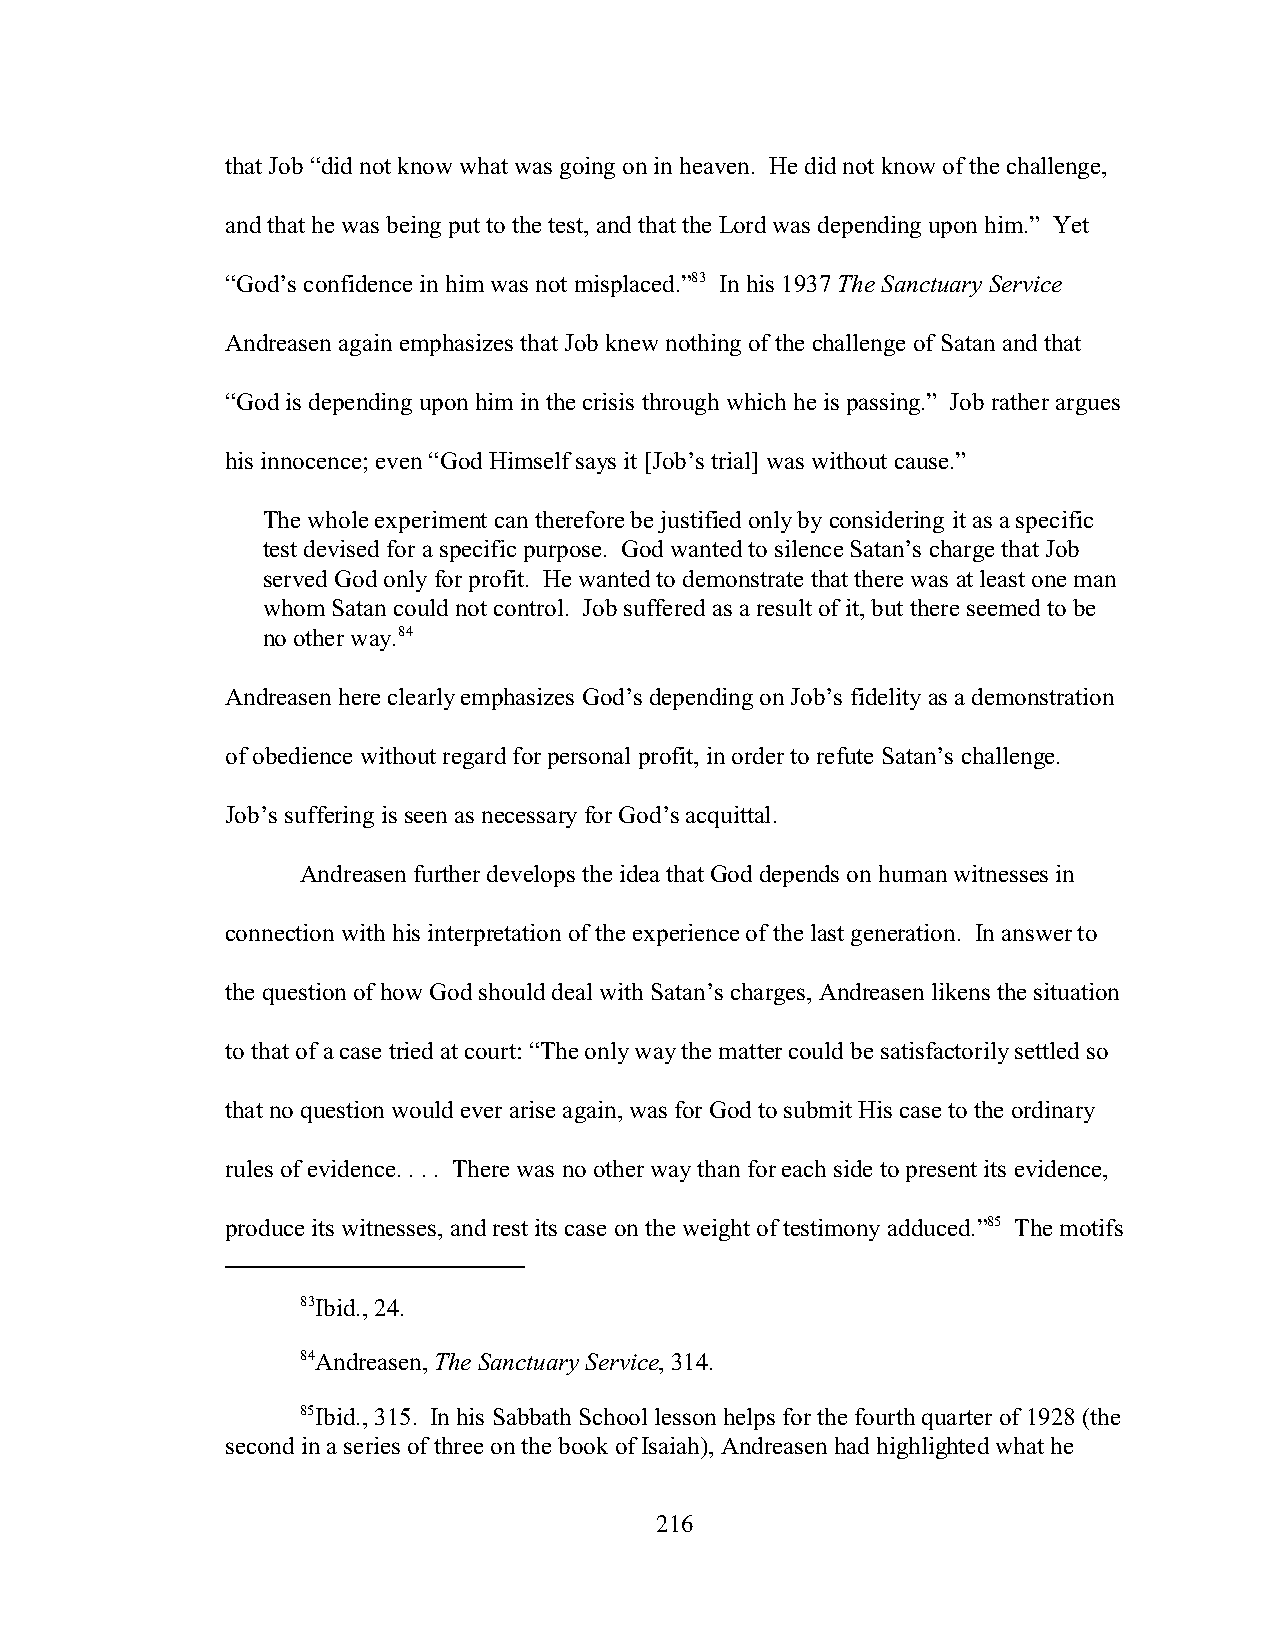
that Job “did not know what was going on in heaven. He did not know of the challenge,
 and that he was being put to the test, and that the Lord was depending upon him.” Yet
 “God’s confidence in him was not misplaced.”83 In his 1937 The Sanctuary Service
 Andreasen again emphasizes that Job knew nothing of the challenge of Satan and that
 “God is depending upon him in the crisis through which he is passing.” Job rather argues
 his innocence; even “God Himself says it [Job’s trial] was without cause.”
 The whole experiment can therefore be justified only by considering it as a specific
 test devised for a specific purpose. God wanted to silence Satan’s charge that Job
 served God only for profit. He wanted to demonstrate that there was at least one man
 whom Satan could not control. Job suffered as a result of it, but there seemed to be
 no other way.84
 Andreasen here clearly emphasizes God’s depending on Job’s fidelity as a demonstration
 of obedience without regard for personal profit, in order to refute Satan’s challenge.
 Job’s suffering is seen as necessary for God’s acquittal.
 Andreasen further develops the idea that God depends on human witnesses in
 connection with his interpretation of the experience of the last generation. In answer to
 the question of how God should deal with Satan’s charges, Andreasen likens the situation
 to that of a case tried at court: “The only way the matter could be satisfactorily settled so
 that no question would ever arise again, was for God to submit His case to the ordinary
 rules of evidence. . . . There was no other way than for each side to present its evidence,
 produce its witnesses, and rest its case on the weight of testimony adduced.”85 The motifs
 83Ibid., 24.
 84Andreasen, The Sanctuary Service, 314.
 85Ibid., 315. In his Sabbath School lesson helps for the fourth quarter of 1928 (the
 second in a series of three on the book of Isaiah), Andreasen had highlighted what he
 216